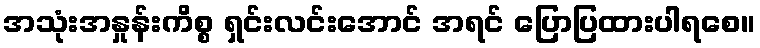
အသုံးအနှုန်းကိစ္စ ရှင်းလင်းအောင် အရင် ပြောပြထားပါရစေ။